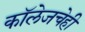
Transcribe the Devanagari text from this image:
कॉलेजचेही